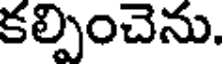
కల్పించెను.